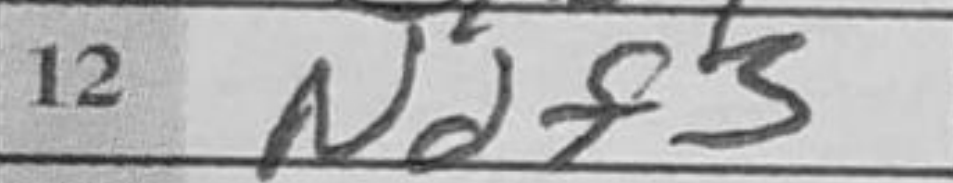
Transcription: Ndf3